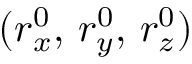
( r _ { x } ^ { 0 } , \, r _ { y } ^ { 0 } , \, r _ { z } ^ { 0 } )